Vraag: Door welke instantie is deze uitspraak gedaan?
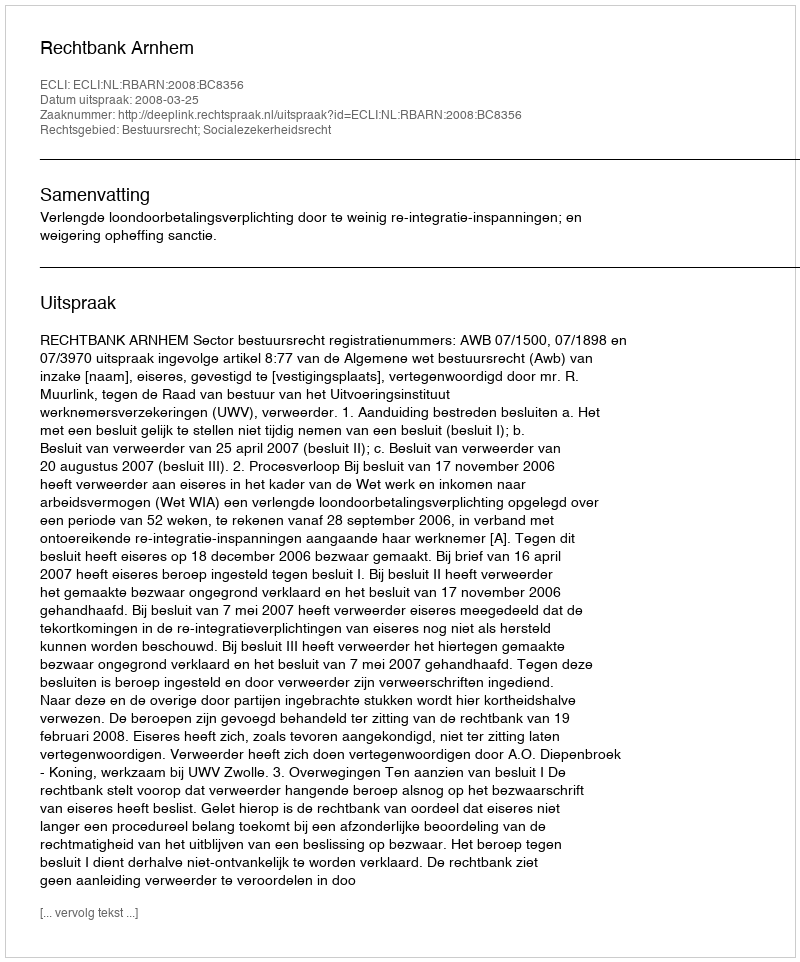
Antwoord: Rechtbank Arnhem